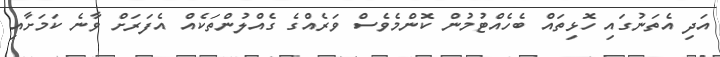
އަދި އެތަނުގައި ހޮޅިތައް ބެހެއްޓުމުން ކޮންމެވެސް ވަރެއްގެ ގެއްލުންތަކެއް އެފަރަށް ވާނެ ކަމަށާއި